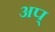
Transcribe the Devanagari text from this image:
अप्‌